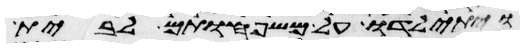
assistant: ויתילדו על משפחותם לבית